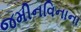
જમીનવિનાના